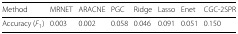
<table><thead><tr><td><b>Method</b></td><td><b>MRNET</b></td><td><b>ARACNE</b></td><td><b>PGC</b></td><td><b>Ridge</b></td><td><b>Lasso</b></td><td><b>Enet</b></td><td><b>CGC-2SPR</b></td></tr></thead><tbody><tr><td>Accuracy (<i>F</i><sub>1</sub>)</td><td>0.003</td><td>0.002</td><td>0.058</td><td>0.046</td><td>0.091</td><td>0.051</td><td>0.150</td></tr></tbody></table>